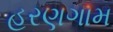
હરણગામ